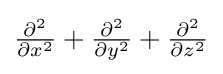
\textstyle {\frac {\partial ^{2}}{\partial x^{2}}}+{\frac {\partial ^{2}}{\partial y^{2}}}+{\frac {\partial ^{2}}{\partial z^{2}}}